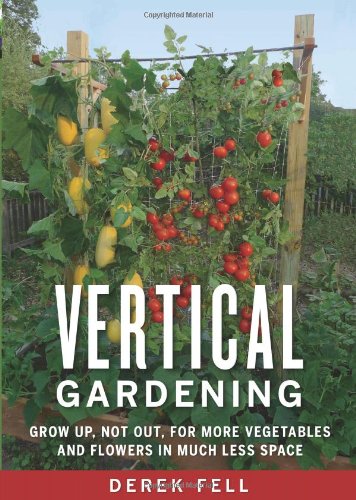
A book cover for Vertical Gardening: Grow Up, Not Out, for More Vegetables and Flowers in Much Less Space; Derek Fell; Crafts, Hobbies & Home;